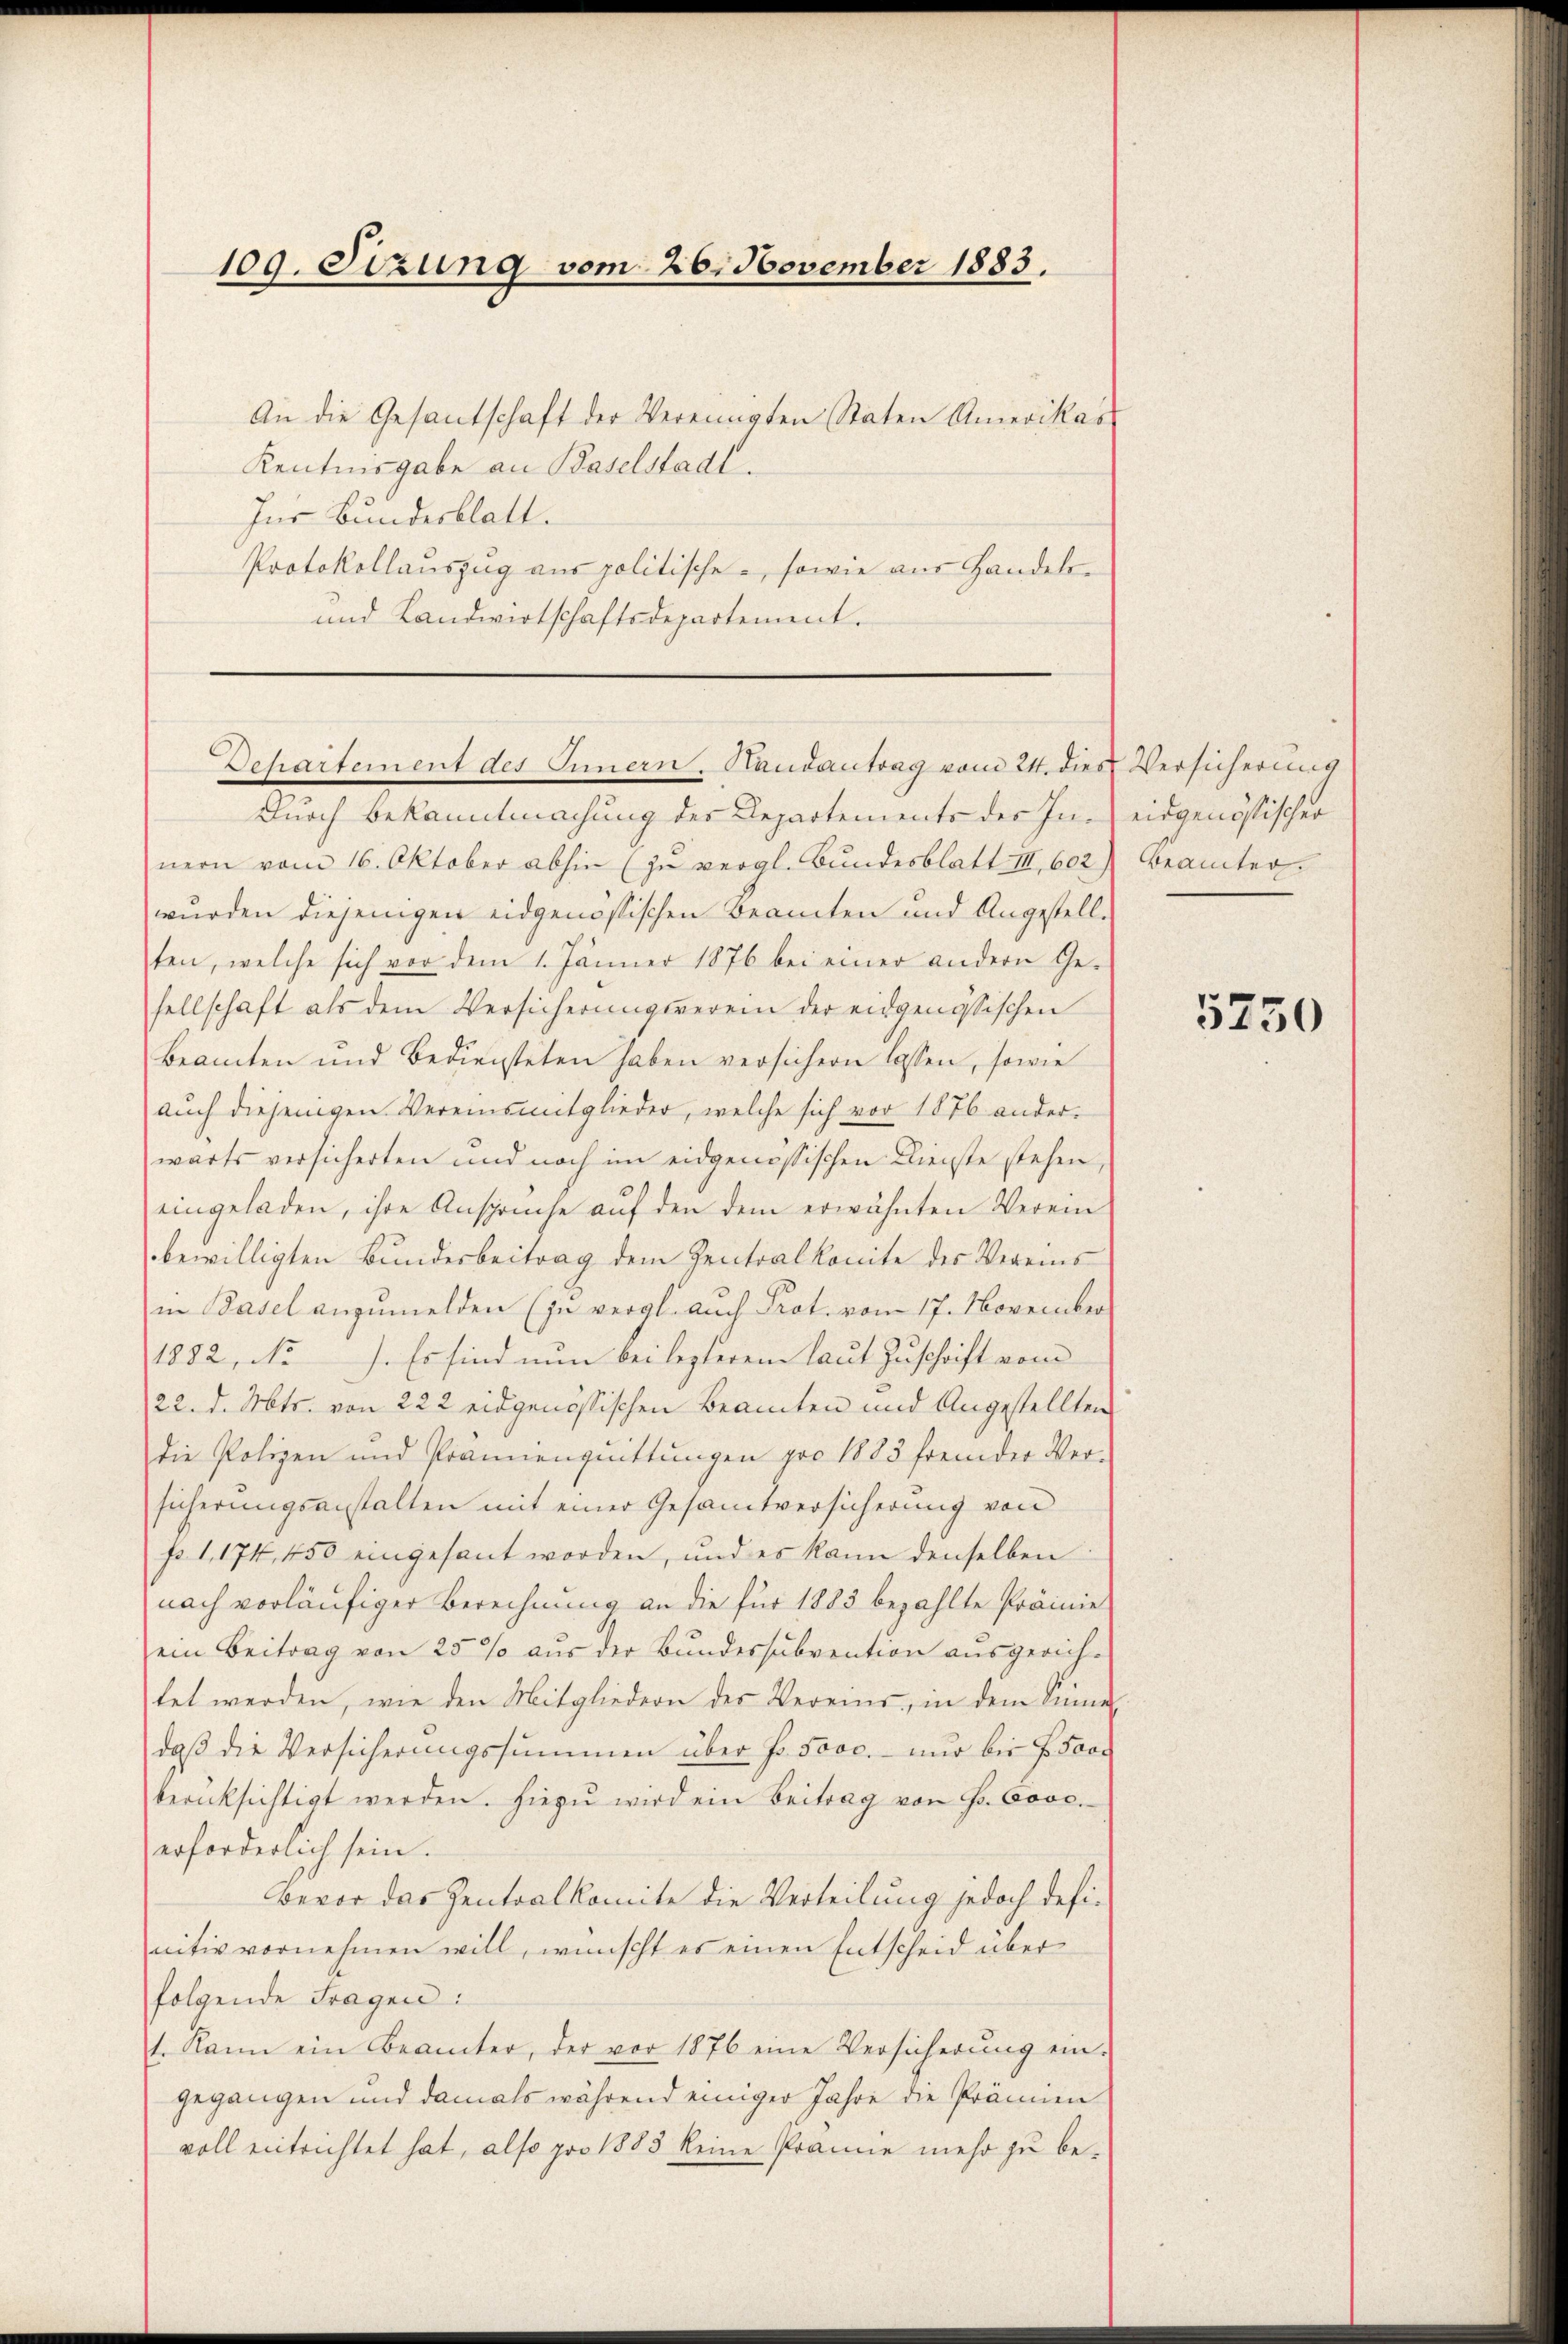
109. Sizung vom 26. November 1883.

An die Gesantschaft der Vereinigten Staten Amerikas
Kentnisgabe an Baselstadt.
Zur Bundesblatt.
Protokollauszug aus politische, sowie aus Handels¬
und Landwirtschaftsdepartement.

Departement des Innern, Randantrag vom 24. dies

Durch Bekanntmachung des Departements des In- eidgenössischer
nern vom 16. Oktober abhin (zu vergl. Bundesblatt III., 602) Beamter.
wurden diejenigen eidgenössischen Beamten und Angestellten, welche sich vor dem 1. Jänner 1876 bei einer andern Ge-
sellschaft als dem Versicherungsverein der eidgenössischen
Beamten und Bediensteten haben versichern lassen, sowie
aŭch diejenigen Vereinsmitglieder, welche sich vor 1876 ander-
wärts versicherten und noch im eidgenössischen Dienste stehen,
eingeladen, ihre Ansprüche aŭf den dem erwähnten Verein
bewilligten Bundesbeitrag dem Zentralkomite der Vereins
in Basel anzumelden (zu vergl. auch Prot. vom 17. November
1882, No. Es sind nun bei lezterem laut Zuschrift vom
122. d. Mts. von 222 eidgenössischen Beamten und Angestellten
die Polizen und Prämienquittungen pro 1883 fremder Ver-
sicherungsanstalten mit einer Gesamtversicherung von
No. 1. 174, 450 eingesant worden, und es kann denselben
nach vorläufiger Berechnung an die für 1883 bezahlte Prämie
ein Beitrag von 25% aus der Bundessubvention ausgerich-
tet werden, wie den Mitgliedern des Vereine, in dem Sinne
daβ die Versicherungssummen über Fr. 5000.- nur bei H. Pare
berücksichtigt werden. Hiezŭ wird ein Beitrag von Hr. Cose.
erforderlich sein.
Bevor das Zentralkomite die Verteilung jedoch definitiv vornehmen will, wünscht es einen Entscheid über
folgende Fragen:
1. Kann ein Beamter, der vor 1876 eine Versicherŭng ein-
gegangen und damals während einiger Jahre die Prämien
voll entrichtet hat, also pro 1885 keine Prämie mehr zu be¬

Versicherung

5750